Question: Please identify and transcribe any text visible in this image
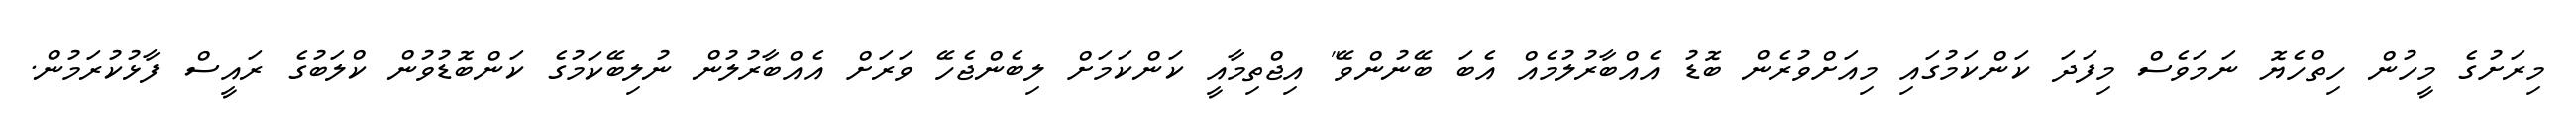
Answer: މިރަށުގެ މީހުން ހިތްހެޔޮ ނަމަވެސް މިފަދަ ކަންކަމުގައި މިއަށްވުރެން ބޮޑު އެއްބާރުލުމެއް އެބަ ބޭނުންވޭ" އިޖްތިމާއީ ކަންކަމަށް ލިބެންޖެހޭ ވަރަށް އެއްބާރުލުން ނުލިބޭކަމުގެ ކަންބޮޑުވުން ކްލަބުގެ ރައީސް ފާޅުކުރަމުން.